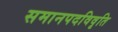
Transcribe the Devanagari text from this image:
समानपदविवृति